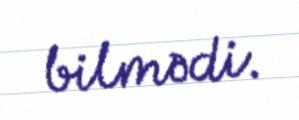
bilmədi.